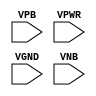
module sky130_fd_sc_hdll__fill (
    //# {{power|Power}}
    input VPB ,
    input VPWR,
    input VGND,
    input VNB
);
endmodule